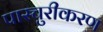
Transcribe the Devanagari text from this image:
पास्चुरीकरण